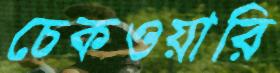
চেকওয়ারি